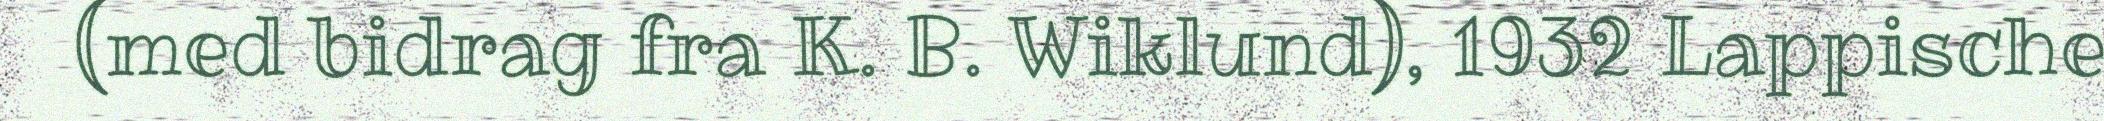
(med bidrag fra K. B. Wiklund), 1932 Lappische